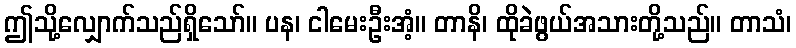
ဤသို့လျှောက်သည်ရှိသော်။ ပန၊ ငါမေးဦးအံ့။ တာနိ၊ ထိုခဲဖွယ်အသားတို့သည်။ တာသံ၊